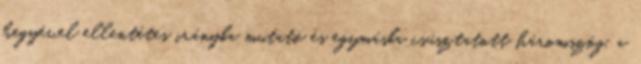
hegyével ellentétes irányba mutató és egymásba csúsztatott háromszög, a